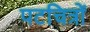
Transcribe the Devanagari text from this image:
पटचित्रों